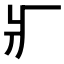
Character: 𤕫